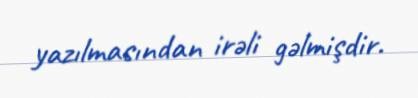
yazılmasından irəli gəlmişdir.